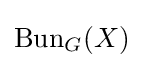
\operatorname {Bun} _{G}(X)